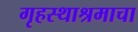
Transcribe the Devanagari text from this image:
गृहस्थाश्रमाचा